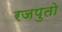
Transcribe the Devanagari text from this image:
रजपुतो